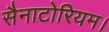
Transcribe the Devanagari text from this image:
सैनाटोरियम।